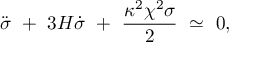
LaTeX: \ddot { \sigma } \ + \ 3 H \dot { \sigma } \ + \ \frac { \kappa ^ { 2 } \chi ^ { 2 } \sigma } { 2 } \ \simeq \ 0 ,